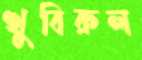
খুবিরুল